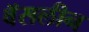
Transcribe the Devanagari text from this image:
वॅसलीन